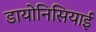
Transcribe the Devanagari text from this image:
डायोनिसियाई